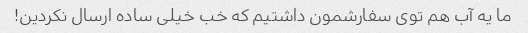
ما یه آب هم توی سفارشمون داشتیم که خب خیلی ساده ارسال نکردین!